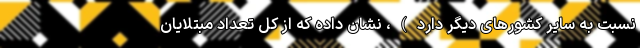
نسبت به سایر کشورهای دیگر دارد)، نشان داده که از کل تعداد مبتلایان